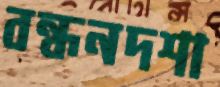
বন্ধনদশা